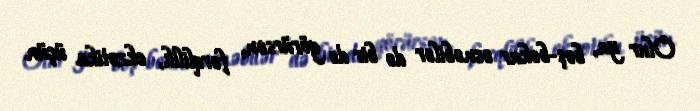
Olur ya, boş-bekar əcnəbilər də bir də görürsən, fərqlilik, ekzotika üçün